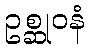
ဥစ္ဆုဝနံ